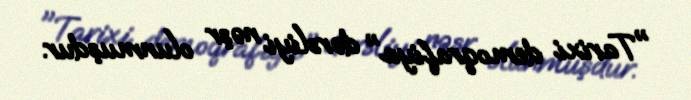
"Tarixi demoqrafiya" dərsliyi nəşr olunmuşdur.